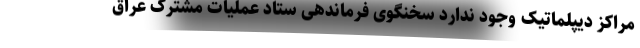
مراکز دیپلماتیک وجود ندارد سخنگوی فرماندهی ستاد عملیات مشترک عراق